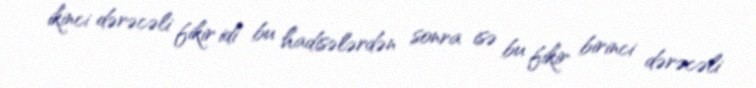
ikinci dərəcəli fikir idi bu hadisələrdən sonra isə bu fikir birinci dərəcəli